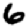
Digit: 6